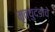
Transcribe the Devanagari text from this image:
मृत्युदंडाचे